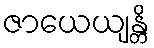
ဇာယေယျန္တိ